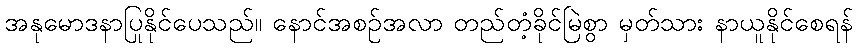
အနုမောဒနာပြုနိုင်ပေသည်။ နောင်အစဉ်အလာ တည်တံ့ခိုင်မြဲစွာ မှတ်သား နာယူနိုင်စေရန်